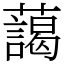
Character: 藹